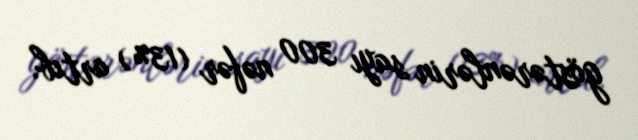
göstərənlərin sayı 300 nəfər (13%) artıb.